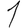
Digit: 1